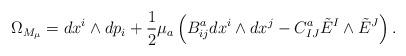
LaTeX: \begin{align*}\Omega_{M_\mu} = {d}x^i \wedge {d}p_i + \frac{1}{2} \mu_a \left( B^a_{ij} {d}x^i \wedge {d}x^j -C^a_{IJ} {\tilde E}^I \wedge {\tilde E}^J \right).\end{align*}